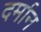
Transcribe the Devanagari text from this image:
दर्मान